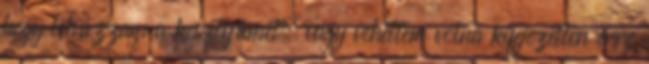
hogy lehúzzam a kesztyűmet, vagy vehettem volna kifejezetten erre